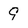
Character: 9